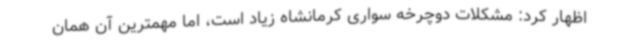
اظهار کرد: مشکلات دوچرخه سواری کرمانشاه زیاد است، اما مهمترین آن همان